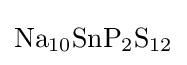
{\mathrm {Na} {\vphantom {A}}_{\smash[{t}]{10}}\mathrm {SnP} {\vphantom {A}}_{\smash[{t}]{2}}\mathrm {S} {\vphantom {A}}_{\smash[{t}]{12}}}